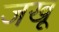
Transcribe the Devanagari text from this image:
जखू